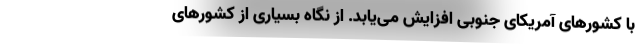
با کشورهای آمریکای جنوبی افزایش می‌یابد. از نگاه بسیاری از کشورهای